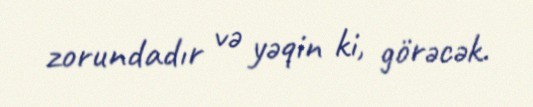
zorundadır və yəqin ki, görəcək.